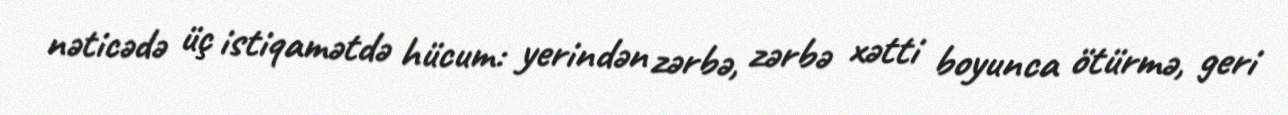
nəticədə üç istiqamətdə hücum: yerindən zərbə, zərbə xətti boyunca ötürmə, geri